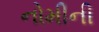
નોમીની